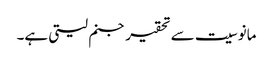
مانوسیت سے تحقیر جنم لیتی ہے۔